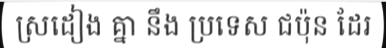
ស្រដៀង គ្នា នឹង ប្រទេស ជប៉ុន ដែរ